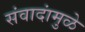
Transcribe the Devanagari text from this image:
संवादांमुळे